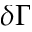
\delta \Gamma